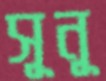
সূনূ